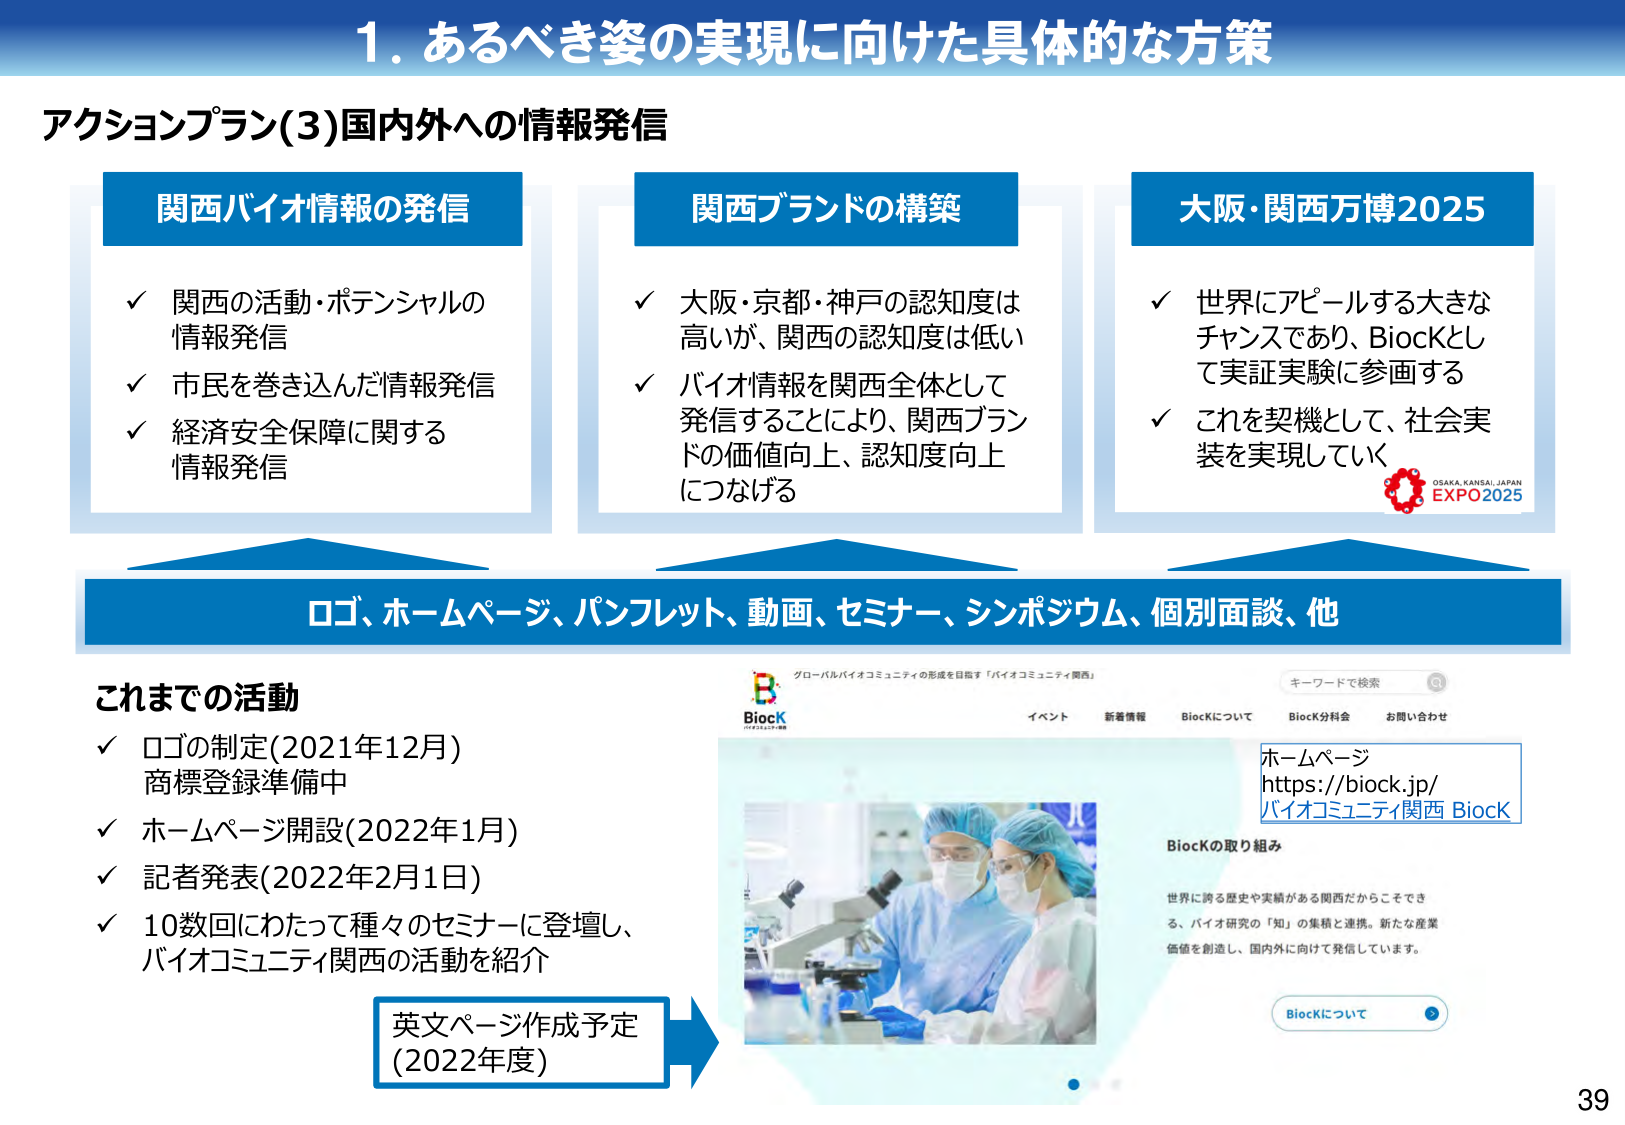
1. あるべき姿の実現に向けた具体的な方策

アクションプラン(3)国内外への情報発信

関西バイオ情報の発信
✓ 関西の活動・ポテンシャルの情報発信
✓ 市民を巻き込んだ情報発信
✓ 経済安全保障に関する情報発信

関西ブランドの構築
✓ 大阪・京都・神戸の認知度は高いが、関西の認知度は低い
✓ バイオ情報を関西全体として発信することにより、関西ブランドの価値向上、認知度向上につなげる

大阪・関西万博2025
✓ 世界にアピールする大きなチャンスであり、BiocKとして実証実験に参画する
✓ これを契機として、社会実装を実現していく

ロゴ、ホームページ、パンフレット、動画、セミナー、シンポジウム、個別面談、他

これまでの活動
✓ ロゴの制定(2021年12月) 商標登録準備中
✓ ホームページ開設(2022年1月)
✓ 記者発表(2022年2月1日)
✓ 10数回にわたって種々のセミナーに登壇し、バイオコミュニティ関西の活動を紹介

英文ページ作成予定 (2022年度)

グローバルバイオコミュニティの形成を目指す「バイオコミュニティ関西」
BiocK
イベント 新着情報 BiocKについて BiocK分科会 お問い合わせ

キーワードで検索

ホームページ
https://biocK.jp/
バイオコミュニティ関西 BiocK

BiocKの取り組み
世界に誇る歴史や実績がある関西だからこそできる、バイオ研究の「知」の集積と連携。新たな産業価値を創造し、国内外に向けて発信しています。

BiocKについて

OSAKA KANSAI JAPAN
EXPO2025

39